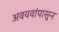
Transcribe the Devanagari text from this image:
अवयवांपासुन